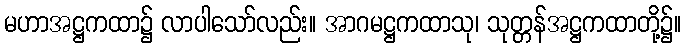
မဟာအဋ္ဌကထာ၌ လာပါသော်လည်း။ အာဂမဋ္ဌကထာသု၊ သုတ္တန်အဋ္ဌကထာတို့၌။